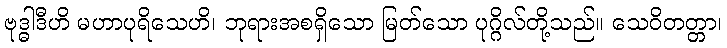
ဗုဒ္ဓါဒီဟိ မဟာပုရိသေဟိ၊ ဘုရားအစရှိသော မြတ်သော ပုဂ္ဂိလ်တို့သည်။ သေဝိတတ္တာ၊